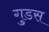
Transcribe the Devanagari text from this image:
गुडस